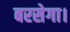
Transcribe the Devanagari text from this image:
बरसेगा।